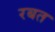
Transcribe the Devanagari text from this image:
रबत